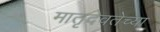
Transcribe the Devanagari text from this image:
मातृदेवतेच्या